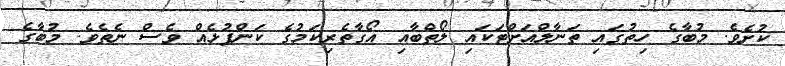
ކުށެވެ. މުބާގެ ހިތުގައި ތަނާލްއަށްޓަކައި ލޯތްބާއި އޯގާތެރިކަމުގެ ކަންފުޅެއް ވެސް ނެތެވެ. މުބާގެ